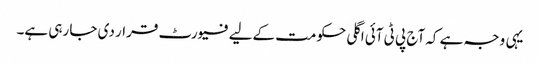
یہی وجہ ہے کہ آج پی ٹی آئی اگلی حکومت کےلیے فیورٹ قرار دی جا رہی ہے۔